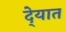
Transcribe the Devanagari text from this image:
दे्यात